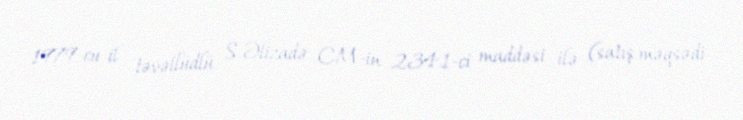
1979-cu il təvəllüdlü S.Əlizadə CM-in 234.1-ci maddəsi ilə (satış məqsədi